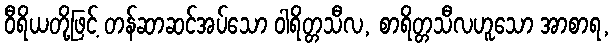
ဝီရိယတို့ဖြင့် တန်ဆာဆင်အပ်သော ဝါရိတ္တသီလ, စာရိတ္တသီလဟူသော အာစာရ,